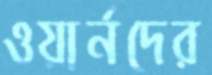
ওয়ার্নদের